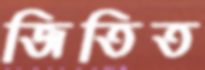
জিতিত